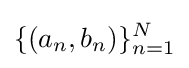
\{(a_{n},b_{n})\}_{n=1}^{N}